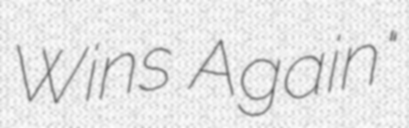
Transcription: Wins Again"